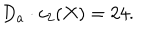
LaTeX: D _ { a } \cdot c _ { 2 } ( X ) = 2 4 .